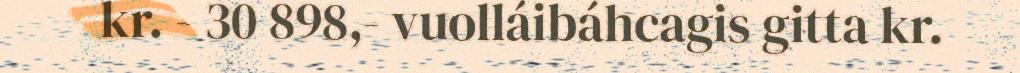
kr. - 30 898,- vuolláibáhcagis gitta kr.